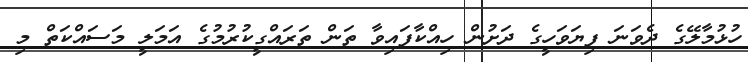
ހުޅުމާލޭގެ ދެވަނަ ފިޔަވަހީގެ ދަށުން ހިއްކާފައިވާ ތަން ތަރައްގީކުރުމުގެ އަމަލީ މަސައްކަތް މި